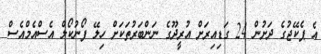
އެ ޕެކޭޖުގެ ދަށުން 24 ގަޑިއިރަށް އުރީދޫގެ ނަންބަރުތަކަށް ހިލޭ ފޯނުކޯލް އެސްއެމްއެސް